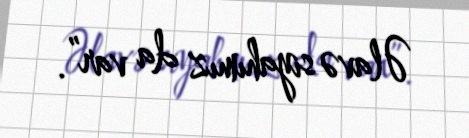
Əlavə siyahımız da var”.